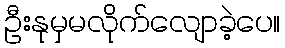
ဦးနုမှမလိုက်လျောခဲ့ပေ။